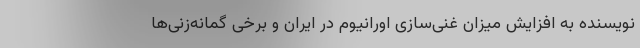
نویسنده به افزایش میزان غنی‌سازی اورانیوم در ایران و برخی گمانه‌زنی‌ها